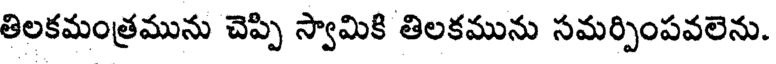
తిలకమంత్రమును చెప్పి స్వామికి తిలకమును సమర్పింపవలెను.